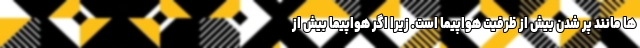
ها مانند پر شدن بیش از ظرفیت هواپیما است. زیرا اگر هواپیما بیش از